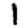
Digit: 1